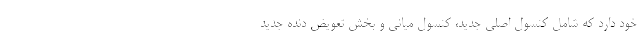
خود دارد که شامل کنسول اصلی جدید، کنسول میانی و بخش تعویض دنده جدید